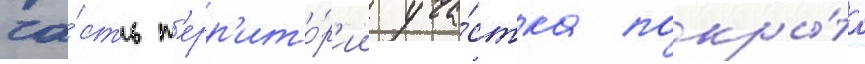
ча́сть т'ерр'ито́р'ии уча́стка покры́та